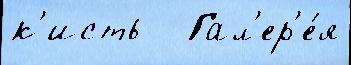
к'исть   Гал'ер'е́я